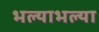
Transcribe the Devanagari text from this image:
भल्याभल्या